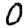
Digit: 0